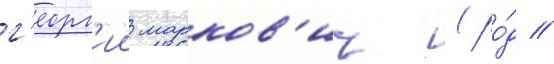
г'еорг'ии марков'ич (ро́д //